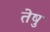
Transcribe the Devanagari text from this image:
तेषु